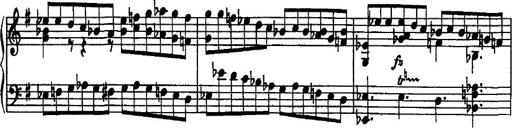
Title: Rondo di bravura
Composer: Franz Liszt